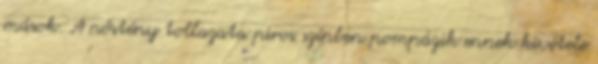
mások. A nőstény tollazata piros színben pompázik ennek kivétele